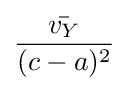
{\frac {\bar {v_{Y}}}{(c-a)^{2}}}